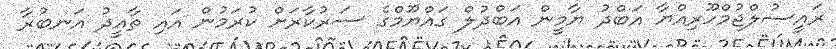
ރައީސުލްޖުމްހޫރިއްޔާ އަބްދު ޔާމީން އަބްދުލް ގައްޔޫމްގެ ސަރުކާރަށް ކުރަމުން އައި ތާއީދު އަނބުރާ